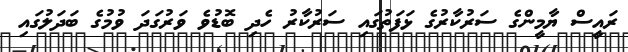
ރައީސް ޔާމީންގެ ސަރުކާރުގެ ޅަފަތުގައި ސަރުކާރު ހެދި ބޮޑުވެ ވަރުގަދަ ވުމުގެ ބަދަލުގައި